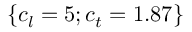
\{ c _ { l } = 5 ; c _ { t } = 1 . 8 7 \}